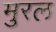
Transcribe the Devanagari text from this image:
मुरल